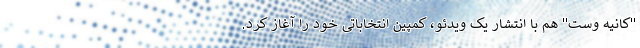
"کانیه وست" هم با انتشار یک ویدئو، کمپین انتخاباتی خود را آغاز کرد.